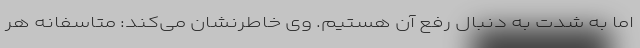
اما به شدت به دنبال رفع آن هستیم. وی خاطرنشان می‌کند: متاسفانه هر